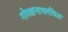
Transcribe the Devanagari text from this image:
गोरक्षनाथरचित